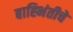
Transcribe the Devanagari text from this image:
बाह्भिंतीचे